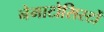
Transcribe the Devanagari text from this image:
नेमाटोसिस्टों